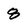
Character: 8